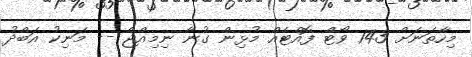
މިހާތަނަށް 143 ވޯޓް ފޮއްޓެއް މުޅިން ގުނާ ނިމިއްޖެ -- މަނިކު އަބްދު